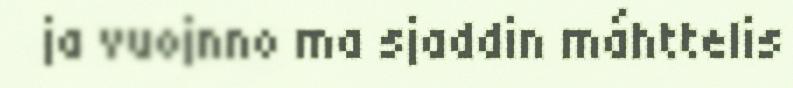
ja vuojnno ma sjaddin máhttelis